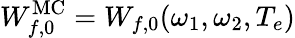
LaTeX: W_{f,0}^{\mathrm{MC}}=W_{f,0}(\omega_{1},\omega_{2},T_{e})